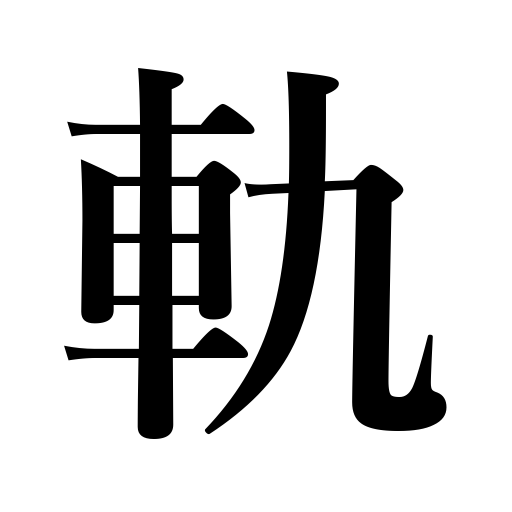
Meanings: road,rule,wheel track,model,rut,orbit,railway,way of doing